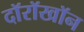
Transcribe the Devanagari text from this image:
दॉरॉखॉन